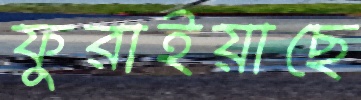
ফুরাইয়াছে